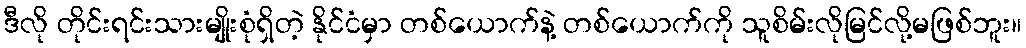
ဒီလို တိုင်းရင်းသားမျိုးစုံရှိတဲ့ နိုင်ငံမှာ တစ်ယောက်နဲ့ တစ်ယောက်ကို သူစိမ်းလိုမြင်လို့မဖြစ်ဘူး။